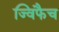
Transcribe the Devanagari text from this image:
ज्विफैच